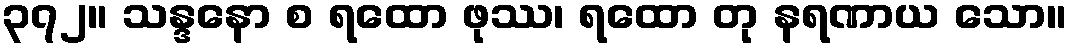
၃၇၂။ သန္ဒနော စ ရထော ဖုဿ၊ ရထော တု နရဏာယ သော။